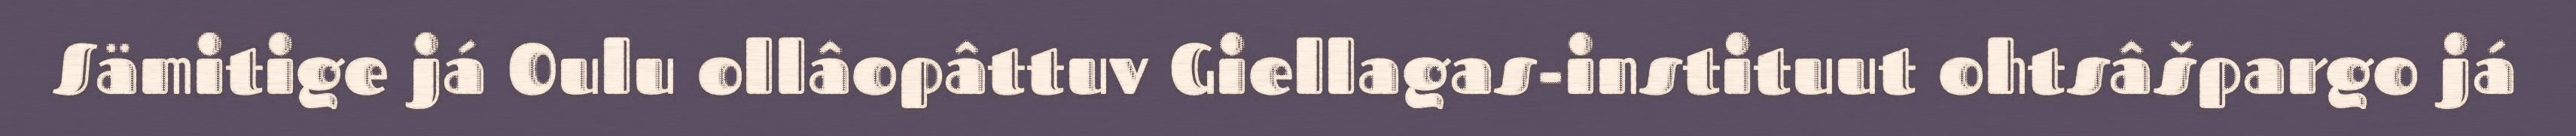
Sämitige já Oulu ollâopâttuv Giellagas-instituut ohtsâšpargo já